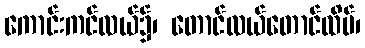
ကောင်းကင်လယ်၌၊ တောင်လယ်တောင်ထိပ်၊